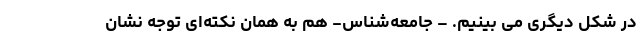
در شکل دیگری می بینیم. – جامعه‌شناس- هم به همان نکته‌ای توجه نشان